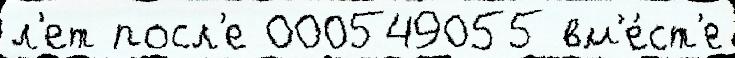
л'ет посл'е 000549055 вм'е́ст'е